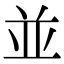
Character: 並